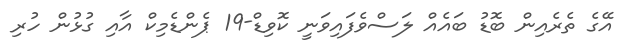
އޭގެ ތެރެއިން ބޮޑު ބައެއް ލަސްވެފައިވަނީ ކޮވިޑް-19 ޕެންޑެމިކް އާއި ގުޅުން ހުރި